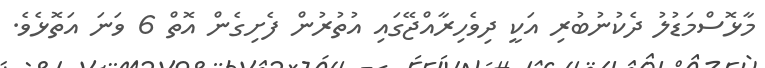
މާޅޮސްމަޑުލު ދެކުނުބުރި އަކީ ދިވެހިރާއްޖޭގައި އުތުރުން ފެށިގެން އޮތް 6 ވަނަ އަތޮޅެވެ.